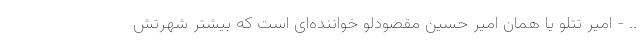
.. - امیر تتلو یا همان امیر حسین مقصودلو خواننده‌ای است که بیشتر شهرتش